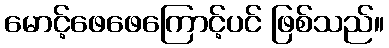
မောင့်ဖေဖေကြောင့်ပင် ဖြစ်သည်။